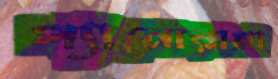
প্যানোরামা